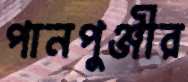
পানপুঞ্জীর